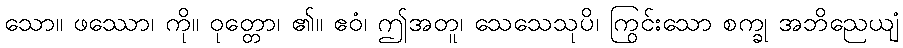
သော။ ဖဿော၊ ကို။ ဝုတ္တော၊ ၏။ ဧဝံ၊ ဤအတူ၊ သေသေသုပိ၊ ကြွင်းသော စက္ခု အဘိညေယျံ